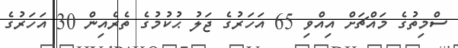
ސްމިތުގެ މައްޗަށް އިއްވި 65 އަހަރުގެ ޖަލު ޙުކުމުގެ ތެރެއިން 30 އަހަރުގެ